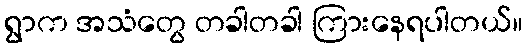
ရွာက အသံတွေ တခါတခါ ကြားနေရပါတယ်။